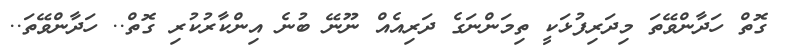
ގޮތް ހަދާންވޭތަ މިދަރިފުޅަކީ ތިމަންނަގެ ދަރިއެެއް ނޫނޭ ބުނެ އިންކާރުކުރި ގޮތް.. ހަދާންވޭތަ..